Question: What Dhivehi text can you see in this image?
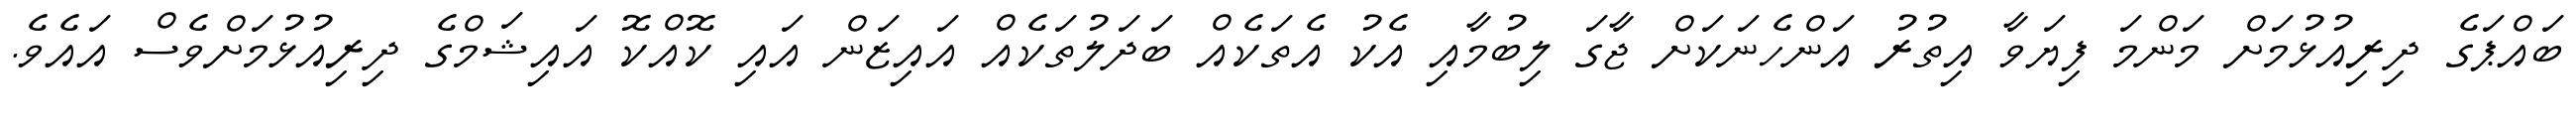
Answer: ބައްޕަގެ ދިރިއުޅުމަށް މަންމަ ފިޔަވާ އިތުރު އަންހެނަކަށް ޖާގަ ލިބުމާއި އެކު އެތަކެއް ބަދަލުތަކެއް އައިޒަން އައި ކޮއްކޮ އައިޝަމްގެ ދިރިއުޅުމަށްވެސް އައެވެ.